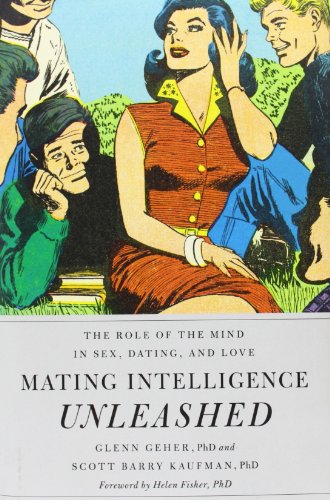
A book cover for Mating Intelligence Unleashed: The Role of the Mind in Sex, Dating, and Love; Glenn Geher; Self-Help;